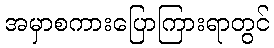
အမှာစကားပြောကြားရာတွင်